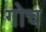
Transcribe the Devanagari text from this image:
गोच